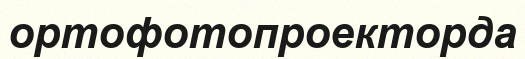
ортофотопроекторда